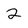
Character: 2